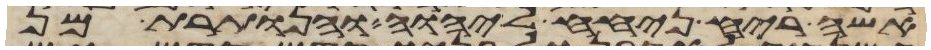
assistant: אשה ריח ניחח ליהוה והנותרת מן